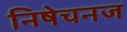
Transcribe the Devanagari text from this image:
निषेचनज